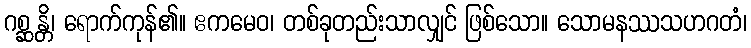
ဂစ္ဆန္တိ၊ ရောက်ကုန်၏။ ဧကမေဝ၊ တစ်ခုတည်းသာလျှင် ဖြစ်သော။ သောမနဿသဟဂတံ၊